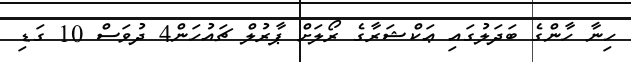
ހިނާ ހާންގެ ބަދަލުގައި ޢަކްޝަރާގެ ރޯލަށް ޕާރުލް ޗައުހަން4 ދުވަސް 10 ގަޑި